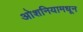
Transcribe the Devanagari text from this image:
ओशनियामधून